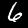
Digit: 6